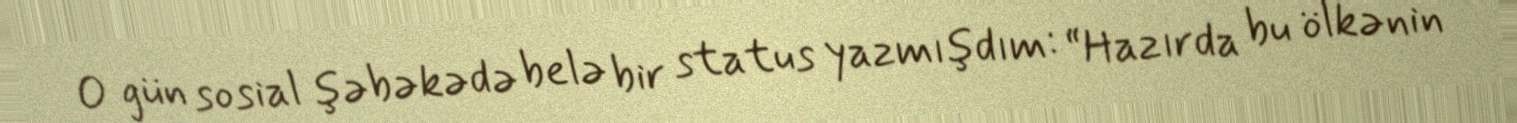
O gün sosial şəbəkədə belə bir status yazmışdım: “Hazırda bu ölkənin